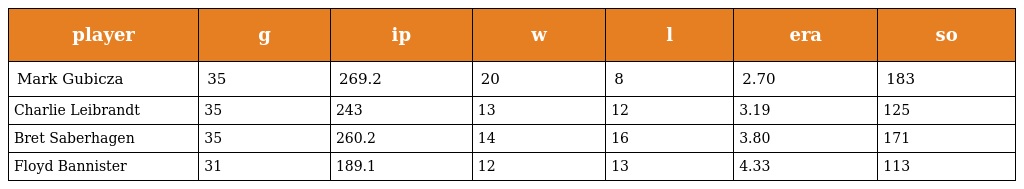
| player | g | ip | w | l | era | so |
 | --- | --- | --- | --- | --- | --- | --- |
 | Mark Gubicza | 35 | 269.2 | 20 | 8 | 2.70 | 183 |
 | Charlie Leibrandt | 35 | 243 | 13 | 12 | 3.19 | 125 |
 | Bret Saberhagen | 35 | 260.2 | 14 | 16 | 3.80 | 171 |
 | Floyd Bannister | 31 | 189.1 | 12 | 13 | 4.33 | 113 |